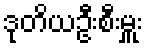
ဒုတိယဦးစီးမှူး